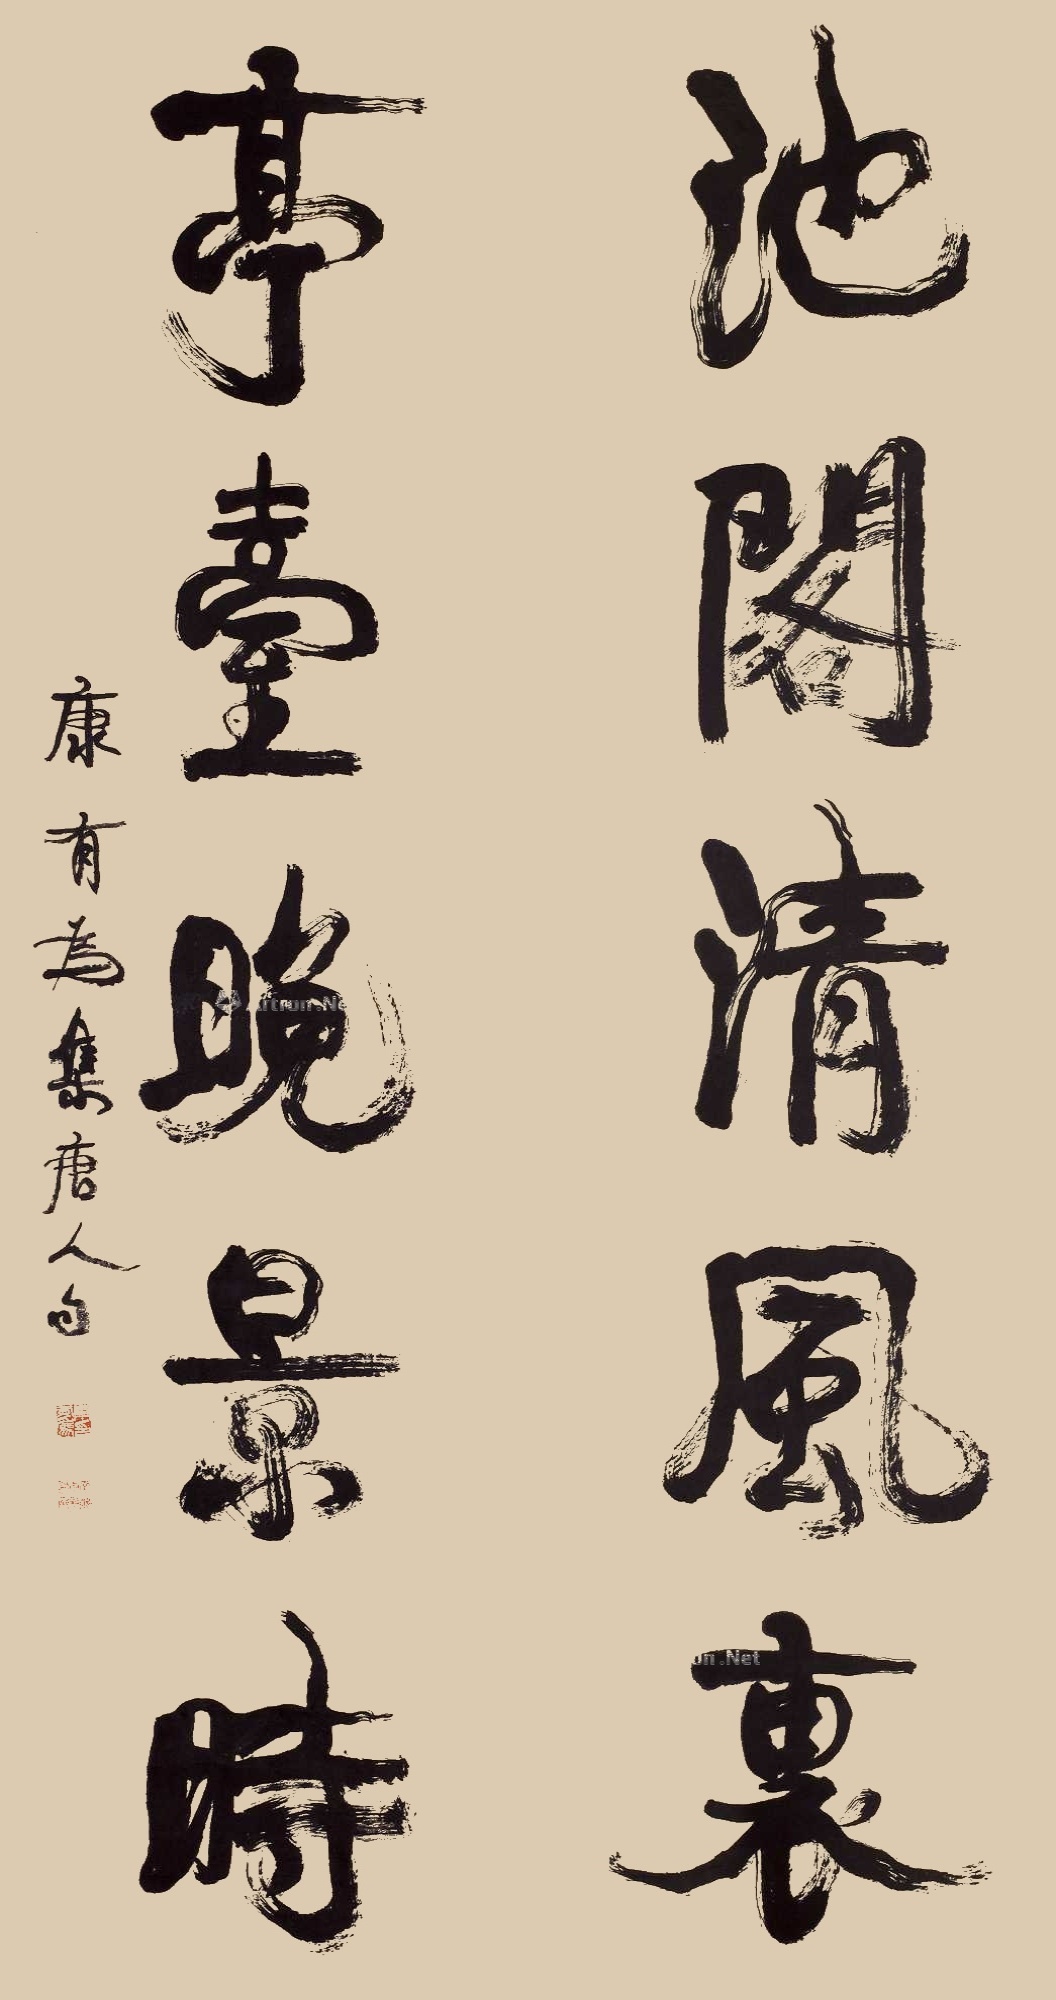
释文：池阁清风里亭台晚景时康有为集唐人句